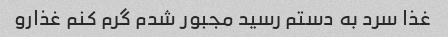
غذا سرد به دستم رسید مجبور شدم گرم کنم غذارو